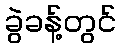
ခွဲခန့်တွင်